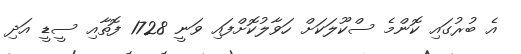
އެ ބުރުގައި ކޮންމެ ސްކޫލަކަށް ހަވާލުކޮށްފައި ވަނީ 1728 ފޮތާއި ސީޑީ އަދި